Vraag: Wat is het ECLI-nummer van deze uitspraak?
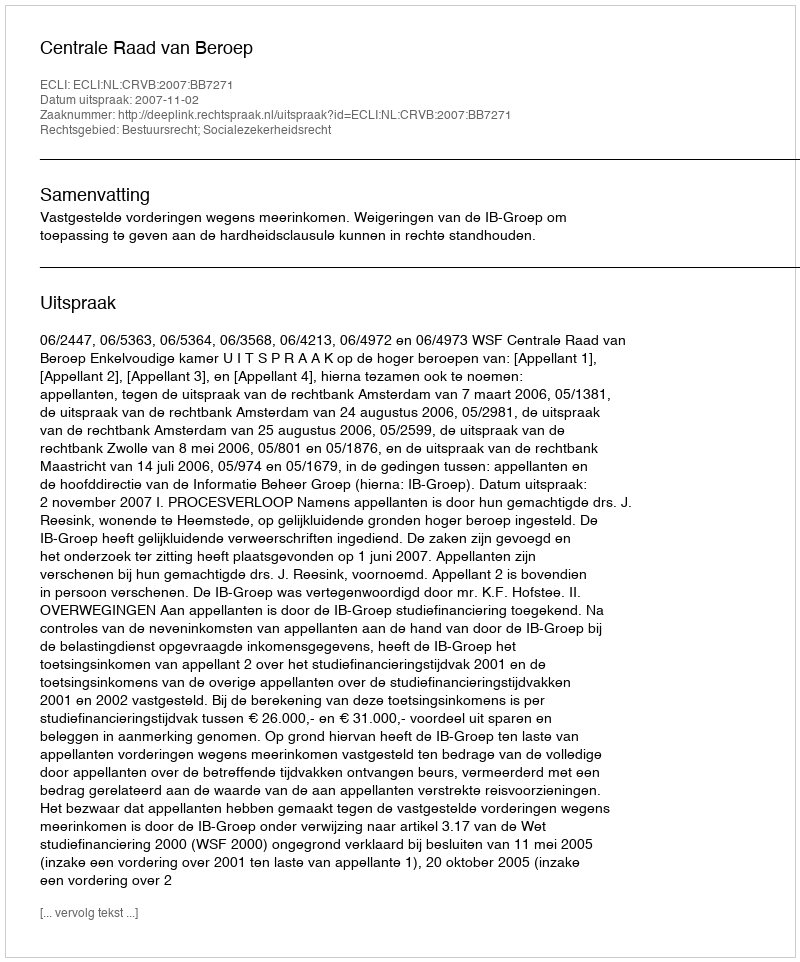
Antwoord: ECLI:NL:CRVB:2007:BB7271